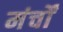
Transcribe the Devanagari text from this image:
मंर्चों